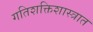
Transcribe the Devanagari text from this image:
गतिशक्तिशास्त्रात